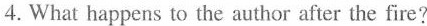
4. What happeans to the author after the fire?